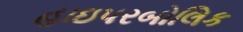
હાઇપરબોલિક